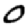
Digit: 0